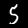
Digit: 5